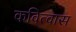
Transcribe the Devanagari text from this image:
कवित्वास